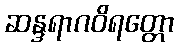
ဆန္ဒရာဂဝိရတ္တော